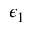
\epsilon _ { 1 }